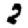
Digit: 2